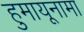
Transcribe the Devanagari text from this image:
हुमायूनामा